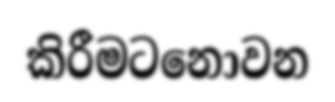
කිරීමටනොවන